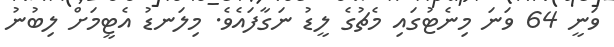
ވަނީ 64 ވަނަ މިނެޓުގައި މެޗުގެ ލީޑު ނަގާފައެވެ. މިލަނޑު އެޓީމަށް ލިބުނު